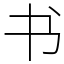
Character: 书